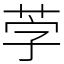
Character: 茡